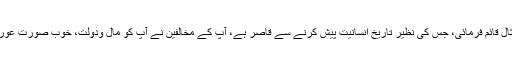
حق پر صبر و اِستقامت کی آپ نے وہ مثال قائم فرمائی، جس کی نظیر تاریخ انسانیت پیش کرنے سے قاصر ہے، آپ کے مخالفین نے آپ کو مال ودولت، خوب صورت عورت اور دنیا کے جاہ و جلال کی لالچ دی۔